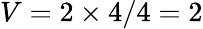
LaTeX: V=2\times 4/4=2